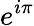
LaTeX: e^{i\pi}